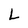
Character: L